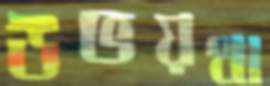
উভয়থা